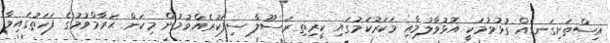
އިސްތަށިގަނޑެއް ގުޅުވުމަކީ އޮޅުވާލުމާއި މަކަރުކަމުގައި ކީރިތި ރަސޫލާ ސިފަކުރެއްވުމުން މިކަން ޙަރާމްވުމުގެ ފަހަތުގައިވާ